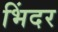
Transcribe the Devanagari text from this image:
भिंदर